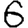
Digit: 6